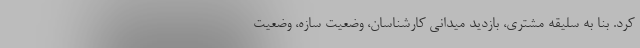
کرد. بنا به سلیقه مشتری، بازدید میدانی کارشناسان، وضعیت سازه، وضعیت